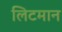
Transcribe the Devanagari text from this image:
लिटमान